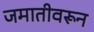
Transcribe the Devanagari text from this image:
जमातीवरून